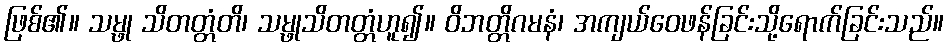
ဖြစ်၏။ သမ္ဖု သိတတ္တံတိ၊ သမ္ဖုသိတတ္တံဟူ၍။ ဝိဘတ္တိဂမနံ၊ အကျယ်ဝေဖန်ခြင်းသို့ရောက်ခြင်းသည်။